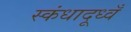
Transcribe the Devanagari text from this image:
स्कंधादूध्वँ